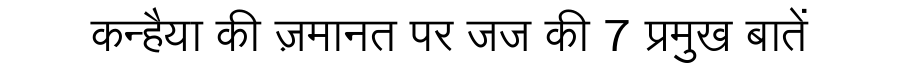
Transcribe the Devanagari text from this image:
कन्हैया की ज़मानत पर जज की 7 प्रमुख बातें